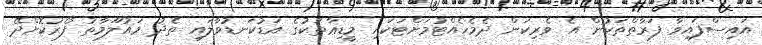
އައިސްފައިވާ ފަރާތްތަކުން އެ ވެރިކަން ދެމެހެއްޓުމަށްޓަކައި މީޑިޢާތަކުގެ އަޑުކަނޑުވާލައި ތެދު މައުލޫމާތު ފޯރުކޮށްދޭ